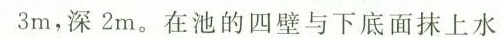
3m，深2m。在池的四壁与下底面抹上水